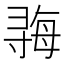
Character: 𫴱